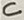
Text: C